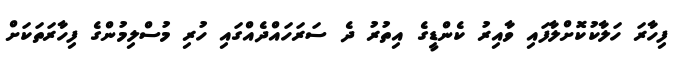
ފިހާރަ ހަލާކުކޮށްލާފައި ވާއިރު ކެންޑީގެ އިތުރު ދެ ސަރަހައްދެއްގައި ހުރި މުސްލިމުންގެ ފިހާރަތަކަށް